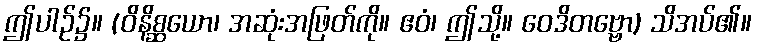
ဤပါဉ်၌။ (ဝိနိစ္ဆယော၊ အဆုံးအဖြတ်ကို။ ဧဝံ၊ ဤသို့။ ဝေဒိတဗ္ဗော) သိအပ်၏။